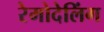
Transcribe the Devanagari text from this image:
रेमोदेलिंग